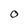
Character: 0